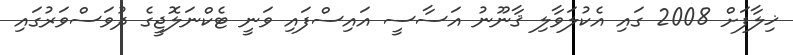
ޚިލާފަށް 2008 ގައި އެކުލަވާލި ޤާނޫނު އަސާސީ އައިސްފައި ވަނީ ޓެކްނަލޮޖީގެ ދުވަސްވަރުގައި